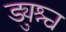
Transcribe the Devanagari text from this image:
ड्युश्च